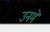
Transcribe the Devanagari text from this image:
उनमेें